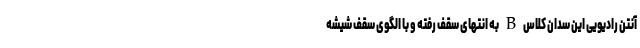
آنتن رادیویی این سدان کلاس B به انتهای سقف رفته و با الگوی سقف شیشه